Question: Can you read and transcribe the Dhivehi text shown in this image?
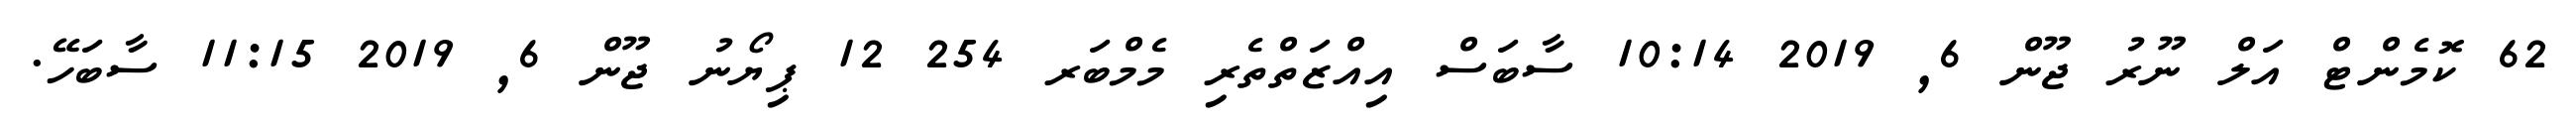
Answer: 62 ކޮމެންޓް އަލް ނޫރު ޖޫން 6, 2019 10:14 ސާބަސް އިއްޒަތްތެރި މެމްބަރ 254 12 ޕިޔޯނު ޖޫން 6, 2019 11:15 ސާބަހޭ.